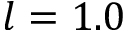
l = 1 . 0